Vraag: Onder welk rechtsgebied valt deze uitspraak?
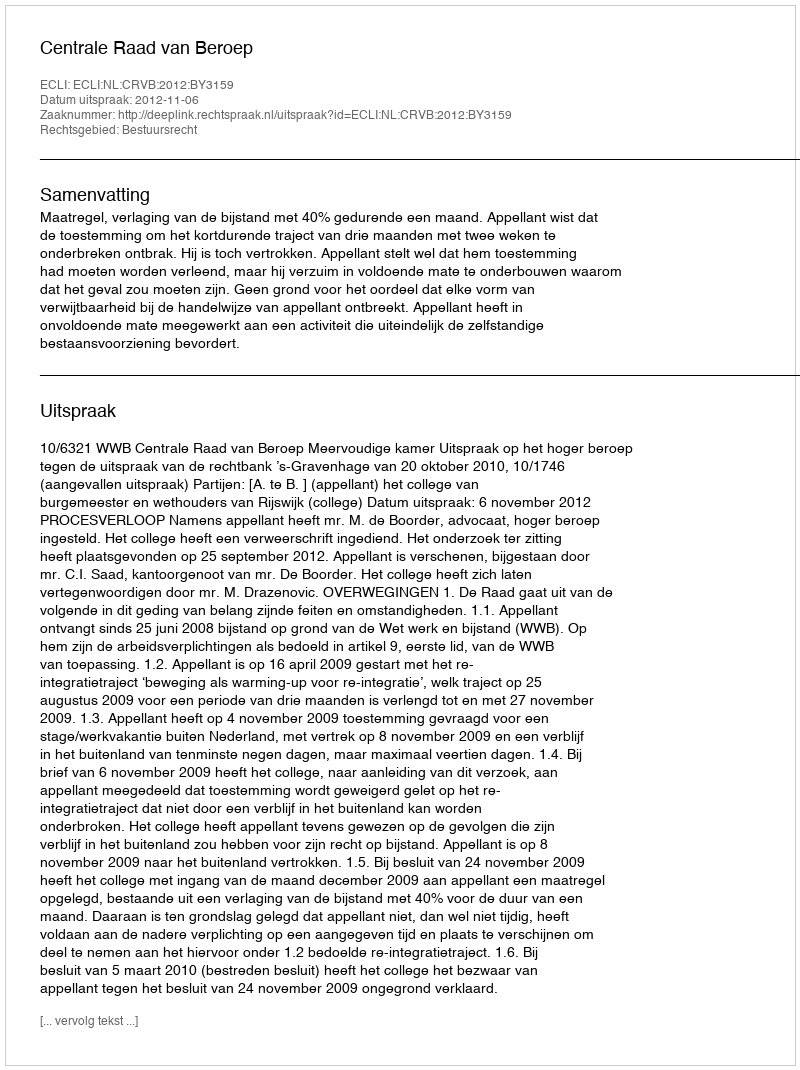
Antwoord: Bestuursrecht